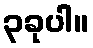
၃ခုပါ။